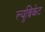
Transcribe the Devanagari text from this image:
ल्यूब्रिकेंट